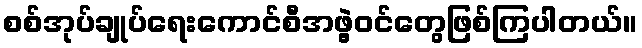
စစ်အုပ်ချုပ်ရေးကောင်စီအဖွဲ့ဝင်တွေဖြစ်ကြပါတယ်။